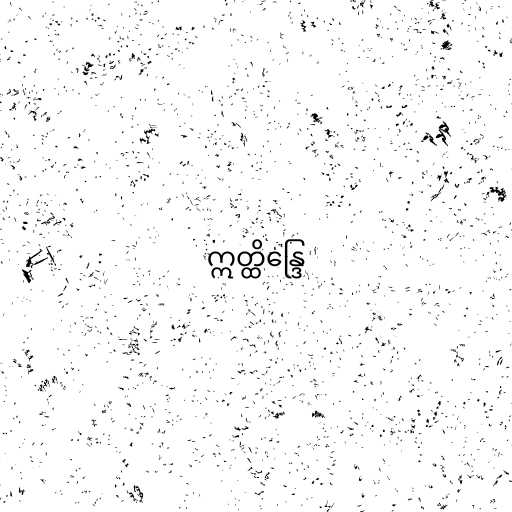
ဣတ္ထိန္ဒြေ